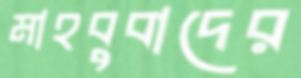
মাহবুবাদের